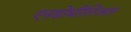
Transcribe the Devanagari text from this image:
एनडोथीलिअल